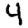
Digit: 4